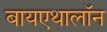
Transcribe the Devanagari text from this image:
बायएथालॉन